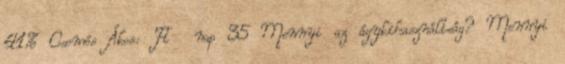
41% Csomós Ákos: Ft nap 35 Mennyi az ágykihasználtság? Mennyi